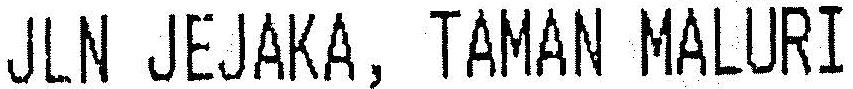
JLN JEJAKA, TAMAN MALURI